Vaccination in the Punjab 1919-1929 - 1919-1929
Year: 1919
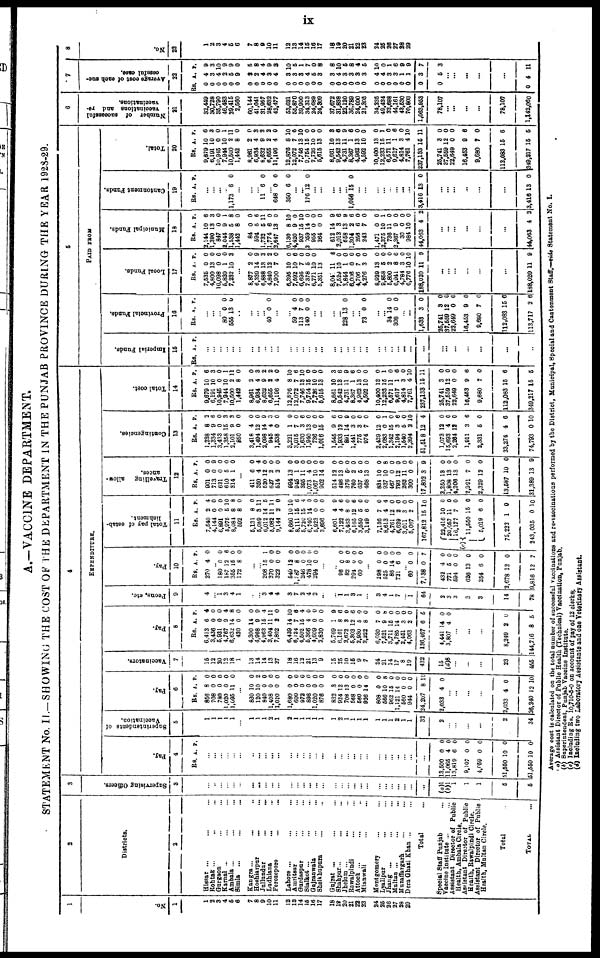
IX
A.—VACCINE DEPARTMENT.
STATEMENT No. II.— SHOWING THE COST OF THE DEPARTMENT IN THE PUNJAB PROVINCE DURING THE YEAR 1928-29.
1
No.
1
1
2
3
4
5
6
7
8
9
10
11
12
13
14
15
16
17
18
19
20
21
22
23
24
25
26
27
28
29
2
Districts.
2
Hissar ... ... ...
Rohtak ... ... ...
Gurgaon ... ... ...
Karnal ... ... ...
Ambala ... ... ...
Simla ... ... ...
Kangra ... ... ...
Hoshiarpur ... ... ...
Jullundur ... ... ...
Ludhiana ... ... ...
Ferozepore ... ... ...
Lahore ... ... ...
Amritsar ... ... ...
Gurdaspur ... ... ...
Sialkot ... ... ...
Gujranwala ... ... ...
Sheikhupura ... ... ...
Gujrat ... ... ...
Shahpur ... ... ...
Jhelum ... ... ...
Rawalpindi ... ... ...
Attock ... ... ...
Mianwali ... ... ...
Montgomery ... ... ...
Lyallpur ... ... ...
Jhang ... ... ...
Multan ... ... ...
Muzaffargarh ... ... ...
Dera Ghazi Khan ...
Total ...
Special Staff Punjab ...
Vaccine Institute ... ...
Assistant Director of Public
Health, Ambala Circle.
Assistant Director of Public
Health, Rawalpindi Circle.
Assistant Director of Public
Health, Multan Circle.
Total
TOTAL ...
3
Supervising Officers.
3
...
...
...
...
...
...
...
...
...
...
...
...
...
...
...
...
...
...
...
...
...
...
...
...
...
... ...
... ...
...
(a)1
(b)1
1
1
1
5
5
4
EXPENDITURE.
Pay.
4
Rs. A. P.
...
...
...
...
...
...
...
...
... ...
...
...
...
...
...
...
...
...
...
...
...
...
...
...
...
... ...
... ...
...
13,500
11,065
13,819
9,107
4,059
51,550
51,550
0
4
6
0
0
10
10
0
0
0
0
0
0
0
Superintendents of
Vaccination.
5
1
1
1
1
1
1
...
1
1
1
2
1
1
1
1
1
1
1
1
2
1
1
1
1
1
1
1 2
1 1
32
2
... ...
...
...
2
34
Pay.
6
Rs.
856
708
780
1,020
1,095
A.
8
0
0
0
11
P.
0
0
0
0
0
...
830
120
840
1,408
1,020
1,680
600
972
896
1,020
876
832
924
708
568
560
926
808
566
962
1,121
560
944
24,207
2,033
10
10
0
0
0
0
0
0
0
0
0
3
12
13
0
0
14
0
10
15
14
0
0
8
4
0
2
0
0
0
0
0
0
0
0
0
0
0
0
0
0
0
0
8
0
0
0
0
10
0
... ...
...
...
2,033
26,240
4
12
0
10
Vaccinators.
7
15
12
20
12
18
1
13
14
14
13
27
18
16
12
21
13
9
15
25
10
15
9
7
24
21
14
17
8
19
432
15
(d)8
...
...
...
23
455
Pay.
8
Rs.
6,413
3,436
5,931
4,767
6,632
420
4,300
4,968
4,963
3,404
7,802
6,439
6,124
4,502
5,366
4,609
2,820
5,769
6,101
2,672
5,303
2,930
2,222
6,030
7,521
3,711
4,785
2,451
4,063
136,467
4,441
3,807
A.
6
0
0
9
14
0
14
9
15
11
2
14
7
15
4
0
0
1
8
3
12
5
8
7
9
15
14
3
2
6
14
4
P.
4
0
0
4
8
0
0
9
4
11
0
10
6
4
0
0
0
9
6
0
6
0
0
0
8
0
0
0
0
5
0
0
...
...
...
8,249
144,716
2
8
0
5
Peons, etc.
9
...
4
... 1
3
4
1
...
... 3
4
4
3
7
2
4
2
...
...
1
1
3
1
...
3
4
1
7
1
64
2
3
3
3
3
14
78
Pay.
10
Rs.
270
A.
4
P.
0
...
180
187
355
172
0
12
15
8
0
6
0
0
...
... 208
270
322
540
l,387
246
478
294
15
0
0
12
8
0
10
0
1
0
0
0
0
0
0
0
...
...
86
82
294
60
0
8
0
0
0
0
0
0
...
298
525
86 721
0
0
14 6
0
0
0 0
... 60
7,138
432
771
594
626
254
2,678
9,816
0
0
4
5
0
13
6
12
12
0
7
0
0
0
0
0
0
7
Total pay of estab-
lishment.
11
Rs.
7,540
4,144
6,891
5,975
8,084
592
5,131
5,089
6,012
5,082
9,144
8,660
8,111
5,720
6,740
5,923
3,696
6,601
7,122
3,463
6,165
3,550 3,149
3,550
8,613
4,761 6,629
3,011
5,067
167,812
(c)
22,416
20,057
16,177
11,550
5,019
75,222
243,035
A.
2
0
0
5
8
8
8
3
14
11
2
10
15
15
14
0
0
4
4
8 12
5
6
5
4
12 2
3
2
15
10
11
7
15
6
1
0
P.
4
0
0
10
8
0
0
11
5
11
0
10
6
4
0
0
0
9
6
0 6
0 0
0
4
0 0
0 0
10
0
0
0
0
0
0
10
Travelling
allow-
ances.
12
Rs.
901
713
621
610
314
A.
0
0
0
5
1
P.
0
9
0
0
0
...
411
350
520
627
514
994
945
395
1,073
1,067
902
514
486
376 760
637
468
834
937
467 793
262
300
17,802
2,250
1,808
4,206
2,991
2,329
13,587
31,389
6
4
12
2
2
13
1
11
4
10
14
12
13
5 2
5
13
10
10
0 12
11
0
3
13
13
13
7
12
10
13
0
4
0
0
0
0
0
0
0
0
0
0
0
0 0
0
0
0
8
0 0
0 0
9
0
0 0
0
0
0
9
Contingencies.
13
Rs.
1,238
1,334
3,433
1,358
2,101
850
3,418
1,494
2,098
945
1,538
3,221
3,015
1,630
1,940
736
1,016
1,545
1,933
891
1,441
775
974
2,429
2,683
1,342
2,194
1,540
2,394
51,518
1,073
15,693
2,264
1,911
2,331
33,274
74,793
A.
8
9
0
15
9
0
4
12
14
4
0
1
7
3
13
0
15
9
12
14
3
3
7
12
0
15
3
5
2
12
12
4
12
3
5
4
0
P.
2
6
0
3
3
0
0
0
9
3
0
0
0
6
0
0
0
6
0 9
0
0
0
0
1
0 6
0
10
4
0
0
0
6
0
6
10
Total cost.
14
Rs.
9,679
6,191
10,945
7,944
10,500
1,442
8,961
6,934
8,632
6,655
11,196
12,876
12,072
7,746
9,754
7,726
5,615
8,661
9,542
4,731
8,367
4,962
4,592
10,400
12,233
6,571
9,617
4,814
7,761
237,133
25,741
37,559
22,649
16,453
9,680
112,083
349,217
A.
10
10
0
10
2
8
2
4
9
2
4
8
7
13
15
10
13
10
13
11
1
13
10
13
16
11
1
3
4
15
3
12
0
9
7
15
15
P.
6
3
0
1
11
0
0
3
2
2
0
10
6
10
0
0
0
3
6
9
6
0
0
0
1
0 6
0
10
11
0
0
0
6
0
6
5
5
PAID FROM
Imperial Funds.
15
Rs. A. P.
...
...
...
...
...
...
...
...
...
...
...
...
...
...
...
... ...
...
...
...
...
...
...
...
...
... ...
...
...
...
... ...
...
...
...
...
Provincial Funds.
16
Rs. A. P.
...
...
...
80
555
0
13
0
0
...
...
...
40 0 0
...
...
59
113
140
4
7
0
0
0
0
...
...
...
...
228 13 0
...
...
73 0 0
...
... 34
308
14
0
0
0
... ...
1,633
25,741
37,559
22,649
16,453
9,680
112,083
113,717
3
3
12
0
9
7
15
2
0
0
0
0
0
0
6
6
Local Funds.
17
Rs.
7,535
4,800
10,098
5,820
7,232
A.
0
13
0
1
10
P.
0
0
0
0
3
...
8,877
6,339
6,888
4,840
7,900
6,395
7,592
6,695
7,378
6,771
5,351
8,046
7,529
3,844
6,006
4,706
4,276
8,929
9,858
5,800
6,941
4,784
6,776
188,020
2
14
13
12
7
10
10
7
5
10
13
11
10
1
0
7
3
13
5
2
8
3
10
11
0
9
3
2
0
0
6
0
0
0
6
0
0
0
0
0
0
0
0
6
0
10
9
...
... ...
...
...
...
188,020 11 9
Municipal Funds.
18
Rs.
2,144
1,390
847
2,044
1,538
1,442
84
594
1,732
1,774
2,647
6,130
4,420
937
2,069
955
264
612
2,013
658
1,304
256
243
1,471
2,375
736
2,367
30
984
44,063
A.
10
13
0
9
5
8
0
5
5
6
13
8
9
15
14
0
0
14
3
13
2
6
7
0
10
11
9
0
10
4
P.
6
3
0
1
8
0
0
6
11
0
0
10
0
10
0
0
0
9
6
9
6
0
0
0
1
0
0
0
0
2
...
... ...
...
...
...
44,063 4 2
Ca ntonme nt Funds .
19
Rs. A. P.
...
... ...
... 1,173 6 0
...
...
... 11 6 0
... 648
350
0
6
0
0
... ...
176 12 0
...
...
...
...
...
1,056 15 0
...
...
...
...
... ...
...
...
3,416 13 0
...
... ...
...
...
3,416 13 0
Total.
20
Rs.
9,679
6,191
10,945
7,944
10,500
1,442
8,961
6,934
8,632
6,655
11,196
12,876
12,072
7,746
9,754
7,728
5,615
8,661
9,542
4,731
8,367
4,982
4,592
10,400
12,233
6,571
9,617
4,814
7,761
237,133
25,741
37,559
22,649
16,453
9,680
112,083
349,217
A.
10
10
0
10
2
8
2
4
9
2 4
8
7
13
15
10
13
10
13
11
1
13
10
13
15
11
1
3
4
16
3
12
0
9
7
15
15
P.
6
3
0
1
11
0
0
3
2
2 0
10
6
10
0
0
0
3
6
9
6
0
0
0
1
0
6
0
10
11
0
0
0
6
0
6
5
6
Number of successful
vaccinations and re¬
vaccinations.
21
32,449
30,728
35,790
46,483
29,415
2,560
60,144
41,041
31,957
28,632
42,477
53,621
55,870
39,900
34,313
24,689
24,309
37,672
31,838
22,120
36,789
24,000
21,305
34,235
49,434
33,688
44,161
43,530
70,803
1,063,953
78,107
... ...
...
...
78,107
1,142,060
7
Average cost of each suc-
cessful case.
22
Rs.
0
0
0
0
0
0
0
0
0
0
0
0
0
0
0
0
0
0
0
0
0
0
0
0
0
0
0
0
0
0
0
A.
4
3
4
2
5
9
2
2
4
3
4
3
3
3
4
5
3
3
4
3
3
3
3
4
4
3
3
1
1
3
5
P.
9
3
10
9
9
0
5
8
4
9
3
10
5
1
7
0
8
8
10
5
8
4
5
10
0
1
6
9
9
7
3
... ...
...
...
...
0 4 11
8
No.
23
1
2
3
4
5
6
7
8
9 10
11
12
13
14
15
16
17
18
19
20
21
22
23
24
25
26
27
28
29
Average cost is calculated on the total number of successful vaccinations and re-vaccinations performed by the District, Municipal, Special and Cantonment Staff.—vide Statement No. I.
(a) Assistant Director of Public Health (Technical) Vaccination, Punjab.
(b) Superintendent, Punjab Vaccine Institute.
(c) Including Rs. 10,710-5-0 on account of pay of 12 clerks.
(d) Including two Laboratory Assistants and one Veterinary Assistant.